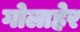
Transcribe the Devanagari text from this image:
गोलाहेर